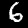
Label: 6